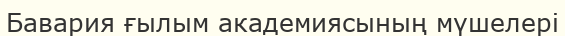
Бавария ғылым академиясының мүшелері